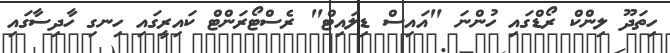
ހިތަދޫ ލިންކް ރޯޑްގައި ހުންނަ "އައިސް ޑިލައިޓް" ރެސްޓޯރަންޓް ކައިރީގައި ހިނގި ހާދިސާގައި